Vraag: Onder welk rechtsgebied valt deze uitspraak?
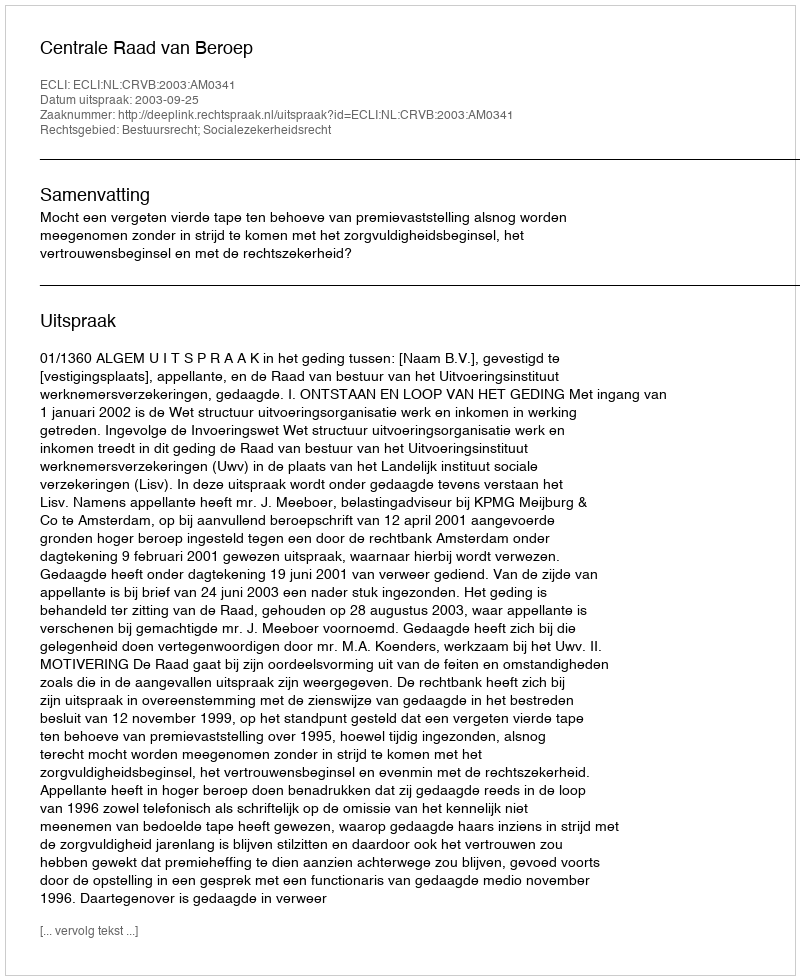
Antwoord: Bestuursrecht; Socialezekerheidsrecht